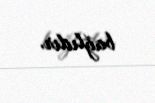
bağlıdır.